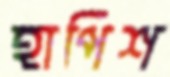
হাপিশ